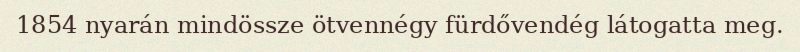
1854 nyarán mindössze ötvennégy fürdővendég látogatta meg.